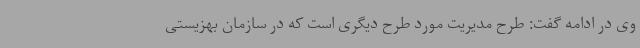
وی در ادامه گفت: طرح مدیریت مورد طرح دیگری است که در سازمان بهزیستی